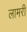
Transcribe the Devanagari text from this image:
लामरी